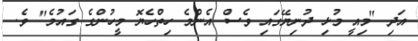
އަދި "މިއީ މުޅި ދުނިޔޭގައި ވެސް އެންމެ ހިތްހެޔޮ މީހުންގެ ގައުމެ" ވެ.